Report on vaccination in Madras 1895-1903 - 1895-1903
Year: 1895
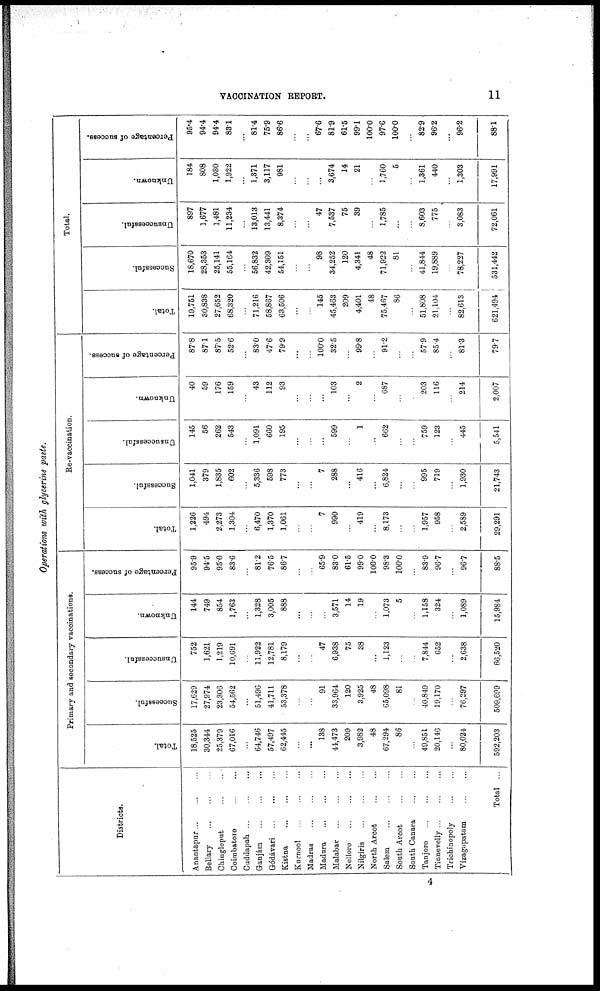
VACCINATION REPORT.
11
Operations with glycerine paste.
Districts.
Anantapur ... ... ...
Bellary
...
...
...
Chingleput
...
...
Coimbatore
...
...
Cuddapah
...
...
...
Ganjám
...
...
...
Gódávari
...
...
...
Kistna
...
...
...
Kurnool
...
...
...
Madras
...
...
...
Madura
...
...
...
Malabar
...
...
...
Nellore
...
...
...
Nilgiris
...
...
...
North Arcot ... ...
Salem
...
...
...
South Arcot
...
...
South Canara
...
...
Tanjore
...
...
...
Tinnevelly ... ... ...
Trichinopoly
...
...
Vizagapatam
...
...
Total ...
Primary and secondary vaccinations.
Total.
18,525
30,344
25,379
67,016
...
64,746
57,497
62,445
...
...
138
44,473
209
3,982
48
67,294
86
...
49,851
20,146
...
80,024
592,203
Successful.
17,629
27,974
23,306
54,562
...
51,496
41,711
53,378
...
...
91
33,964
120
3,925
48
65,098
81
...
40,849
19,170
...
76,297
509,699
Unsuccessful.
752
1,621
1,219
10,691
...
11,922
12,781
8,179
...
...
47
6,938
75
38
...
1,123
...
...
7,844
652
...
2,638
66,520
Unknown.
144
749
854
1,763
...
1,328
3,005
888
...
...
...
3,571
14
19
...
1,073
5
...
1,158
324
...
1,089
15,984
Percentage of success.
95.9
94.5
95.0
83.6
...
81.2
76.5
86.7
...
...
65.9
83.0
61.5
99.0
100.0
98.3
100.0
...
83.9
96.7
...
96.7
88.5
Re-vaccination.
Total.
1,226
494
2,273
1,304
...
6,470
1,370
1,061
...
...
7
990
...
419
...
8,173
...
...
1,957
958
...
2,589
29,291
Successful.
1,041
379
1,835
602
...
5,336
598
773
...
...
7
288
...
416
...
6,824
...
...
995
719
...
1,930
21,743
Unsuccessful.
145
56
262
543
...
1,091
660
195
...
...
...
599
...
1
...
662
...
...
759
123
...
445
5,541
Unknown.
40
59
176
159
...
43
112
93
...
...
...
103
...
2
...
687
...
...
203
116
...
214
2,007
Percentage of success.
87.8
87.1
87.5
52.6
...
83.0
47.6
79.9
...
...
100.0
32.5
...
99.8
...
91.2
...
...
57.9
85.4
...
81.3
79.7
Total.
Total.
19,751
30,838
27,652
68,320
...
71,216
58,867
63,506
...
...
145
45,463
209
4,401
48
75,467
86
...
51,808
21,104
...
82,613
621,494
Successful.
18,670
28,353
25,141
55,164
...
56,832
42,309
54,151
...
...
98
34,252
120
4,341
48
71,922
81
...
41,844
19,889
...
78,227
531,442
Unsuccessful.
897
1,677
1,481
11,234
...
13,013
13,441
8,374
...
...
47
7,537
75
39
...
1,785
...
...
8,603
775
...
3,083
72,061
Unknown.
184
808
1,030
1,922
...
1,371
3,117
981
...
...
...
3,674
14
21
...
1,760
5
...
1,361
440
...
1,303
17,991
Percentage of success.
95.4
94.4
94.4
83.1
...
81.4
75.9
86.6
...
...
67.6
81.9
61.5
99.1
100.0
97.6
100.0
...
82.9
96.2
...
96.2
88.1
4